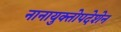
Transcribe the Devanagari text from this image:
नानायुक्तोपदेशेन